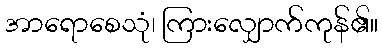
အာရောစေသုံ၊ ကြားလျှောက်ကုန်၏။